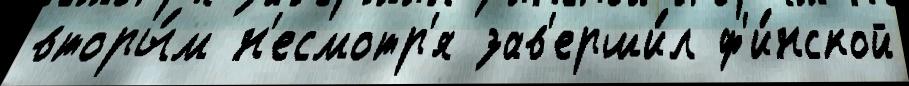
вторы́м н'есмотр'я зав'ерши́л ф'и́нской